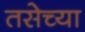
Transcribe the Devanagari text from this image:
तसेच्या